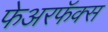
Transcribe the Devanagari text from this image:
फेअरफॅक्स